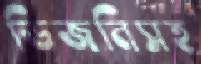
ডিজনিসহ